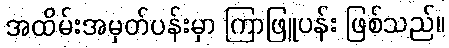
အထိမ်းအမှတ်ပန်းမှာ ကြာဖြူပန်း ဖြစ်သည်။